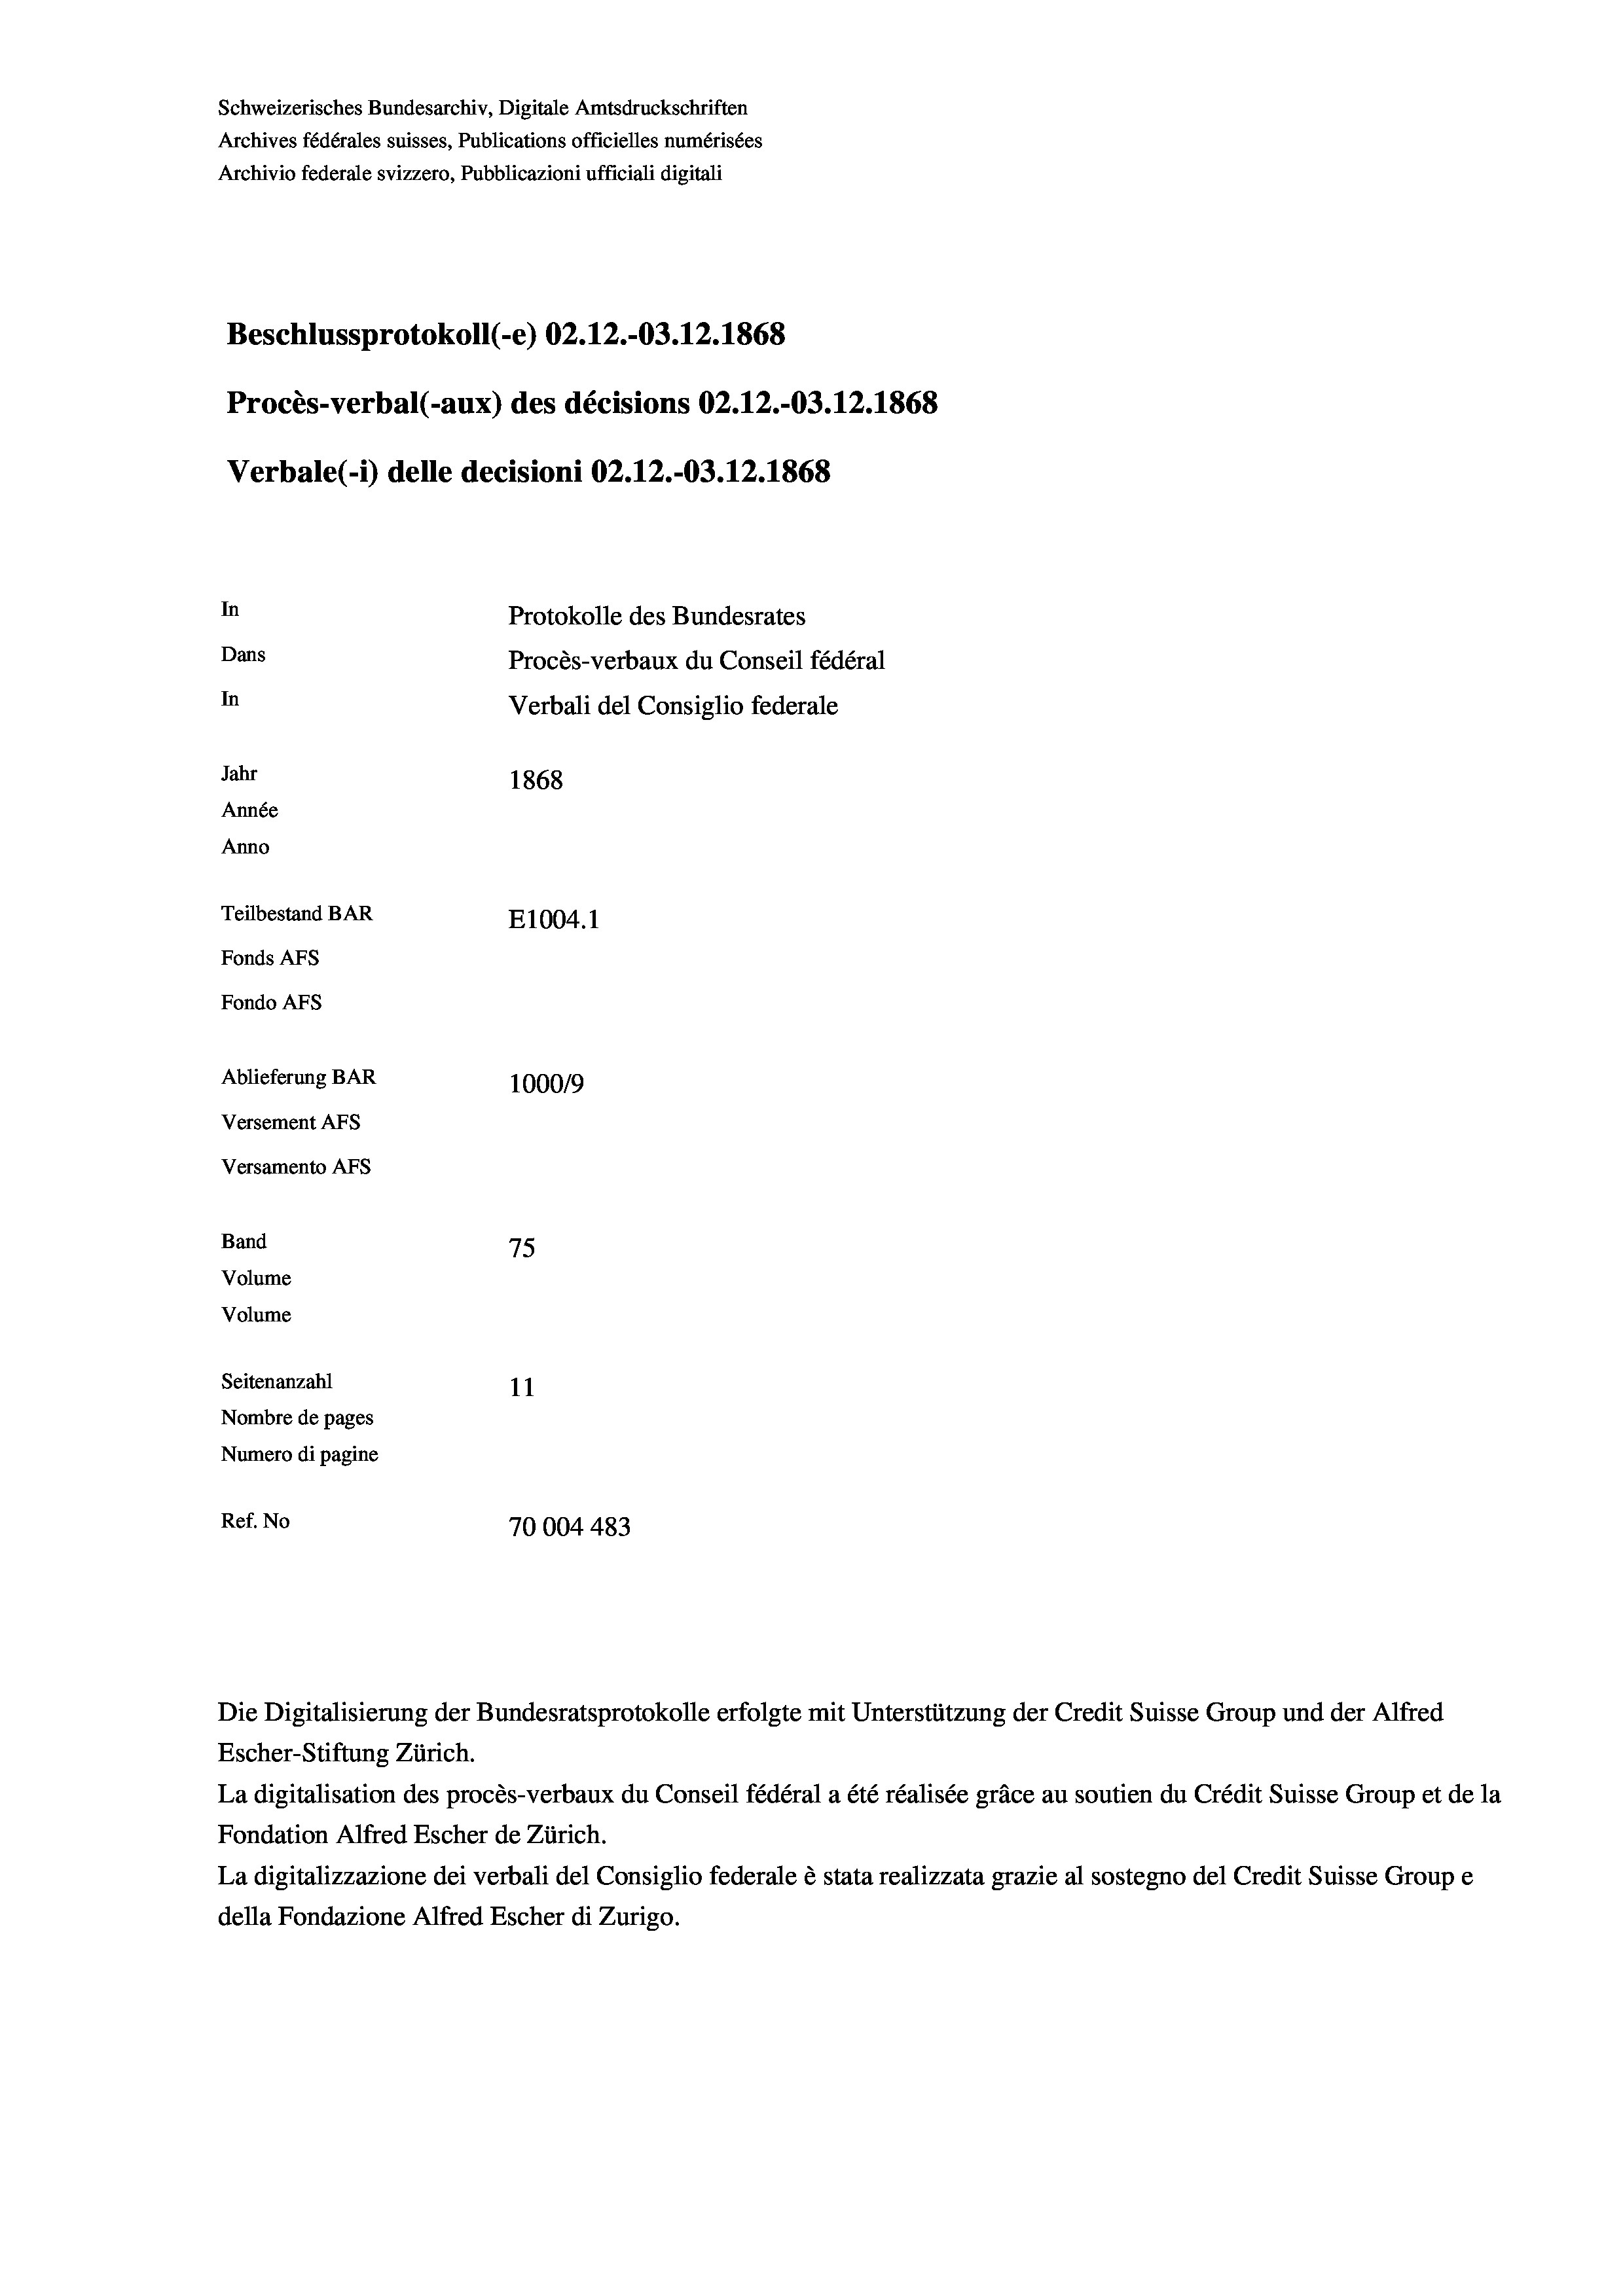
Schweizerisches Bundesarchiv, Digitale Amtsdruckschriften
Archives fédérales suisses, Publications officielles numérisées
Archivio federale svizzero, Pubblicazioni ufficiali digitali
Beschlussprotokoll (-e) 02.12.-03.12.1868
Procès-verbal (-aux) des décisions 02.12.-03.12.1868
Verbale (1) delle decisioni 02.12.-03.12.1868
In
Protokolle des Bundesrates
Dans
Procès-verbaux du Conseil fédéral
In
Verbali del Consiglio federale
Jahr
1868
Année
Anno
Teilbestand BAR
E1004. 1
Fonds AFs
Fondo AFS
Ablieferung BAR
100019
Versement AFs
Versamento AFs
Band
75

Volume
Volume
Seitenanzahl
11
Nombre de pages
Numero di pagine
Ref. No
70004483

Die Digitalisierung der Bundesratsprotokolle erfolgte mit Unterstützung der Credit Suisse Group und der Alfred
Escher-Stiftung Zürich.
La digitalisation des procès-verbaux du Conseil fédéral a été réalisée gräce au soutien du Crédit Suisse Group et de la
Fondation Alfred Escher de Zürich.
La digitalizzazione dei verbali del Consiglio federale è stata realizzata grazie al sostegno del Credit Suisse Groupe
della Fondazione Alfred Escher di Zurigo.